Annual report on the mental hospital in the Central Provinces and Berar (Nagpur) - 1927-1951
Year: 1927
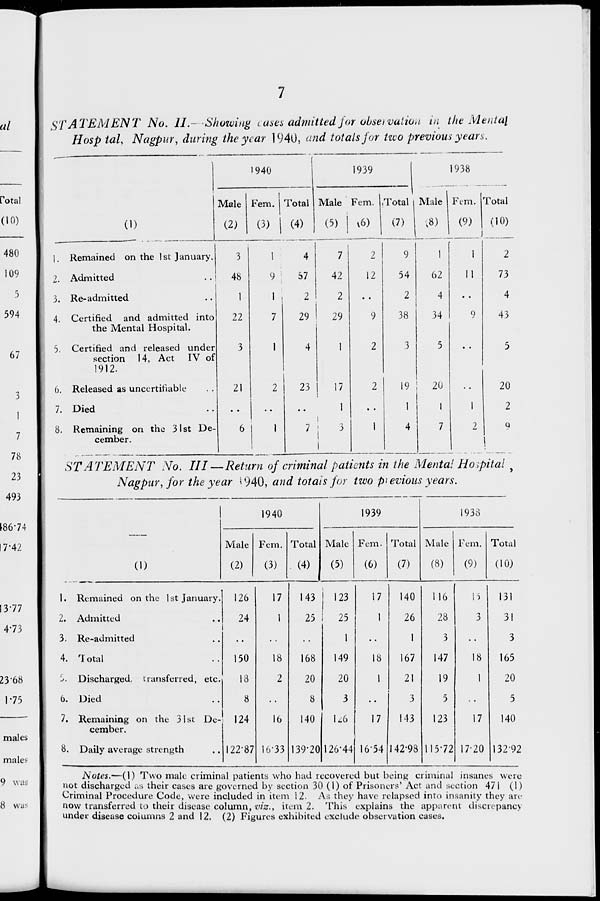
67
7
78
23
493
STATEMENT No. II. Showing cases admitted for observation in the Mental
Hasp taL Nagpur, daring the year 1940, and totals for two previous yean,.
■
1940
1939
1938
1
Male
i
Fern. 1 Total Male Fern. Total Male Fern. Total
(1)
(2)
(3) | (4)
(5) 1
i
16)
(7)
(8)
(9)
(10)
|. Remained on the 1st January.
3
1
4
7
2
9
1
1
2
2. Admitted
48
9 ;
57
42
12
54
62
11
73
3. Re-admitted
1
"
2
2
2
4
4
4. Certified and admitted into
the Mental Hospital.
22
7
29
29
9
38
34
9
43
5. Certified and released under
section 14, Act IV of
1912.
3
1
4
1
2
3
5
• •
5
6. Released as uncertifiable
21
2
23
17
2
19
20
20
7. Died
1
1
1
1
2
8. Remaining on the 31st De-
cember.
6
1
7
I
i 3
1
1
4
7
2
9
1
STATEMENT No. Ill—Return of criminal patients in the Mental Hospital y
Nagpur, for the year "'94Q, and totals for two previous years.
1940
1939
1938
Male Fern. Total Male Fern. Total Male Fem. Total
(1)
(2)
(3) . (4)
(5)
(6)
(7)
(8)
(9)
(10)
1. Remained on the 1st January. 126
17
143 | 123
17
140
116
15
131
2. Admitted
24
1
25 1 25
1
26
28
3
31
3. Re-admitted
1
1
3
3
4. Total
150
18
168
149
18
167
147
18
165
5. Discharged, transferred, etc.
13
2
20
20
1
21
19
1
20
6. Died
8
8
3
3
5
5
7. Remaining on the 31st De-
cember.
124
lb
140
L6
17
143
123
17
140
8. Daily average strength
122-87 16-33 139-20 126-44 1654 142-98 115-72 1720 132-92
Notes.—(1) Two male criminal patients who had recovered but being criminal insanes were
not discharged as their cases are governed by section 30 (1) of Prisoners' Act and section 471 (1)
Criminal Procedure Code, were included in item 12. As they have relapsed into insanity they are
now transferred to their disease column, viz., item 2. This explains the apparent discrepancy
under disease columns 2 and 12. (2) Figures exhibited exclude observation cases.